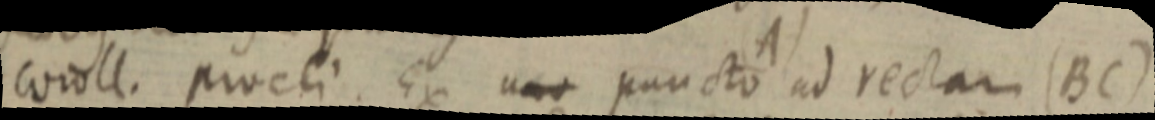
coroll. procli Ex uno puncto ad rectam (BC)